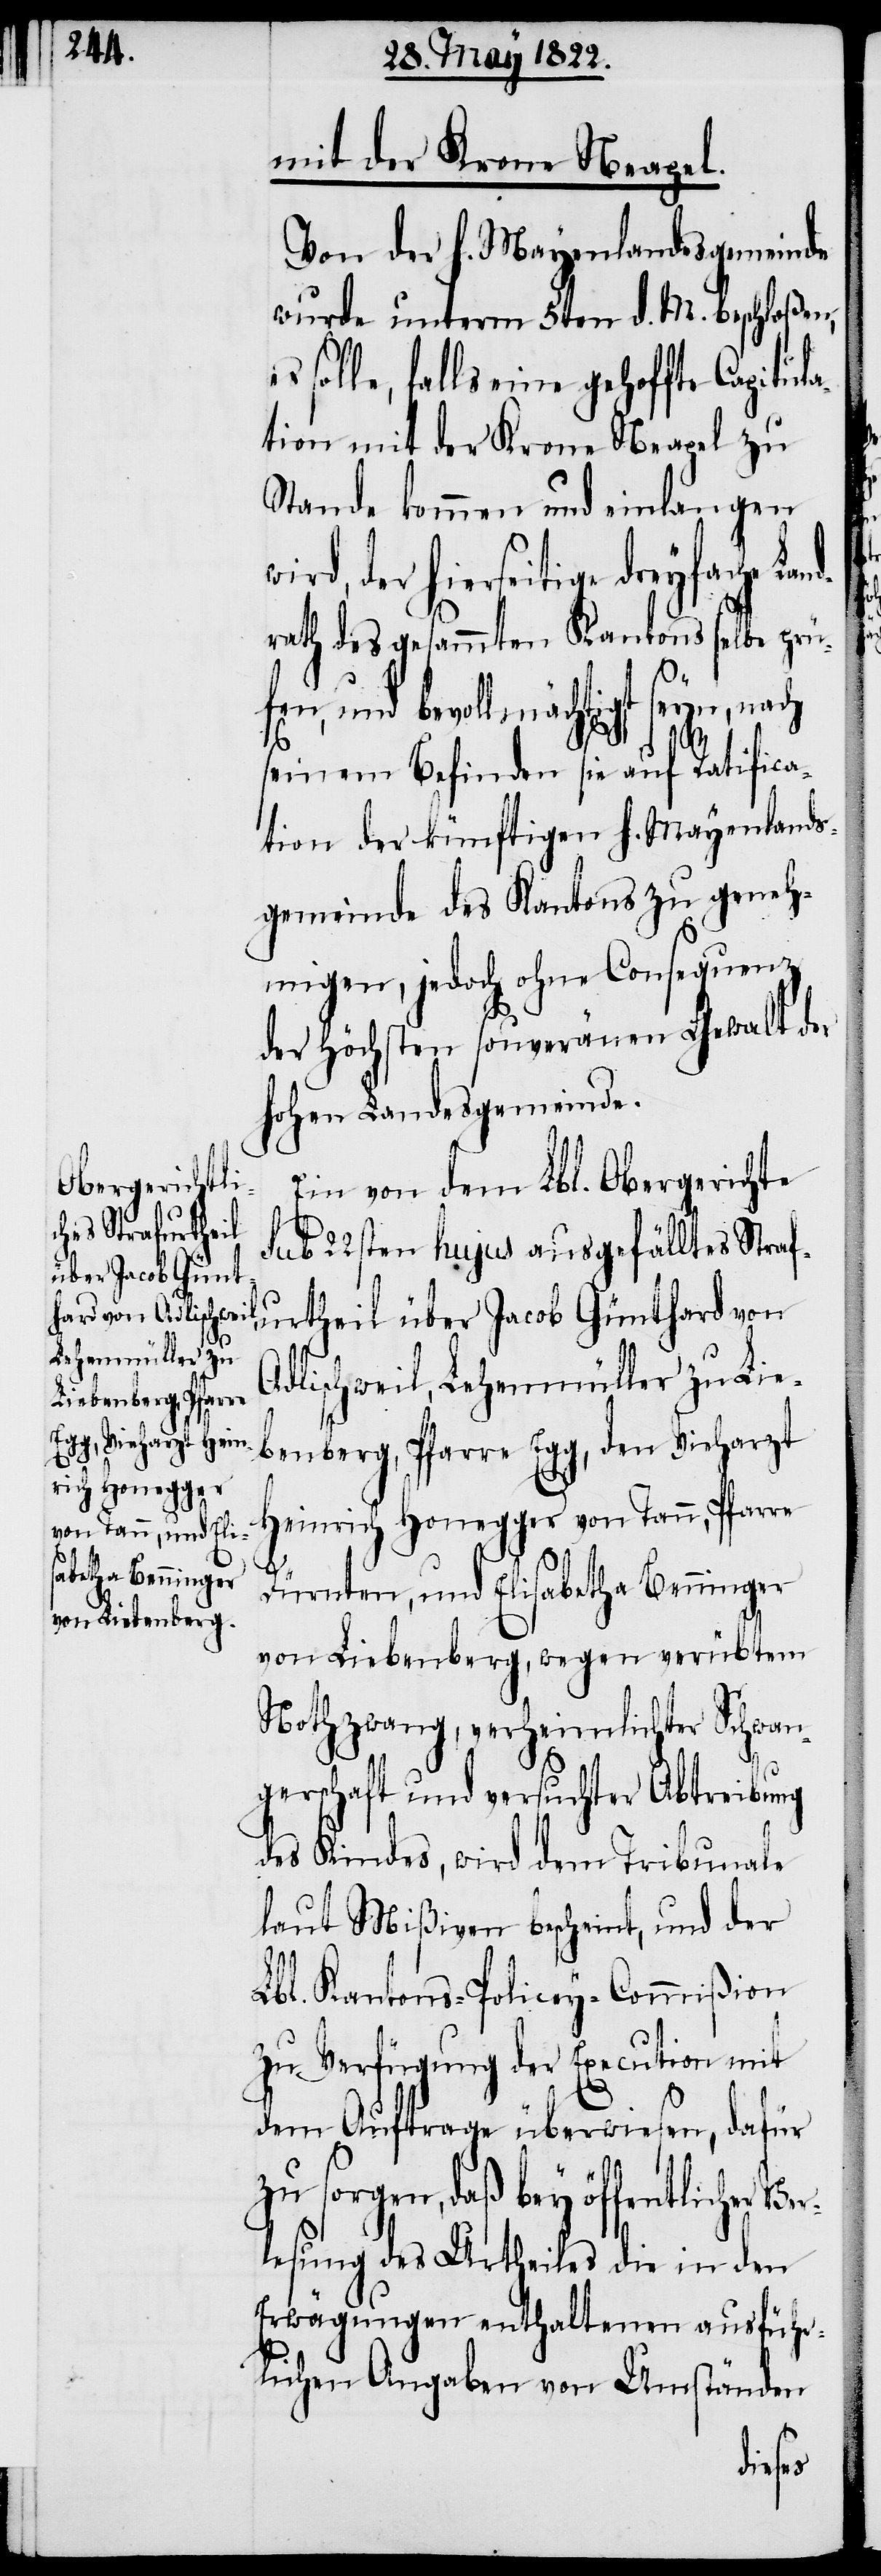
mit der Krone Neapel.
Von der H. Mayenlandesgemeinde
wurde unterm 5ten d. M. beschloßen,
solle, falls eine gehoffte Capitul¬
ation mit der Krone Neapel zu
Stande kommen und einlangen
der hierseitige dreyfache La¬
rath des gesammten Kantons selber prü¬
nd¬
fen, und bevollmächtigt seyn, nach
seinem Befinden sie auf Ratifica¬
tion der künftigen h. Mayenlands¬
gemeinde des Kantons zu geneh¬
migen, jedoch ohne Consequenz
der höchsten souveränen Gewalt der
hohen Landesgemeinde.
Ein von dem Lbl. Obergerichte
Sub 22sten hujus ausgefälltes Straf¬
urtheil über Jacob Günthard von
Adlischweil, Lehenmüller zu Lie¬
benberg, Pfarre Egg, den Vieharzt
Heinrich Honegger von Tann, Pfarre
Dürnten, und Elisabetha Benninger
von Liebenberg, wegen verübtem
Nothzwang, verheimlichter Schwan¬
gerschaft und versuchter Abtreibung
des Kindes, wird dem Tribunale
laut Mißiven bescheint, und der
Lbl. Kantons-Policey-Commißion
zu Verfügung der Execution mit
er¬
dem Auftrage überwiesen, dafür
zu sorgen, daß bey öffentlicher V¬
lesung des Urtheiles die in den
Erwägungen enthaltenen ausführ¬
lichen Angaben von Umständen